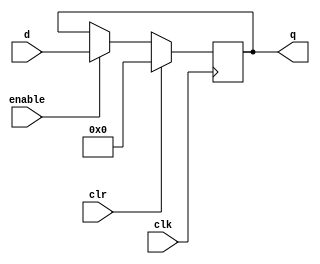
module Register32 #(parameter VAL = 0)(input clk, clr, enable, input [31:0] d, output [31:0] q);

//initial q <= VAL;
	reg [31:0] Register;
	
	initial begin
		Register = VAL;
	end

	always @ (posedge clk)
	begin
				if (clr) begin
							Register[31:0] <= 32'b0;		
				end else if (enable) begin
							Register[31:0] <= d;
				end
	end

	assign q[31:0] = Register[31:0];

endmodule